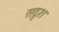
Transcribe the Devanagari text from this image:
सद्रुश